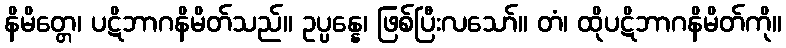
နိမိတ္တေ၊ ပဋိဘာဂနိမိတ်သည်။ ဥပ္ပန္နေ၊ ဖြစ်ပြီးလသော်။ တံ၊ ထိုပဋိဘာဂနိမိတ်ကို။